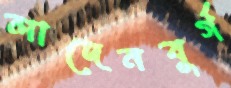
লাদেনবুর্গ